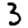
Digit: 3